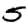
Digit: 5